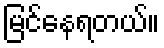
မြင်နေရတယ်။